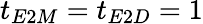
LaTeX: t_{E2M}=t_{E2D}=1